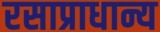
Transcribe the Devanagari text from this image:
रसाप्राधान्य